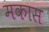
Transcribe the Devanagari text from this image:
मकास